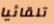
تلقائيا